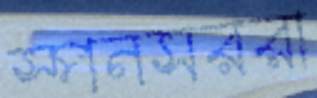
স্পনসররা